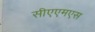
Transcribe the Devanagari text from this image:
सीएएमएस